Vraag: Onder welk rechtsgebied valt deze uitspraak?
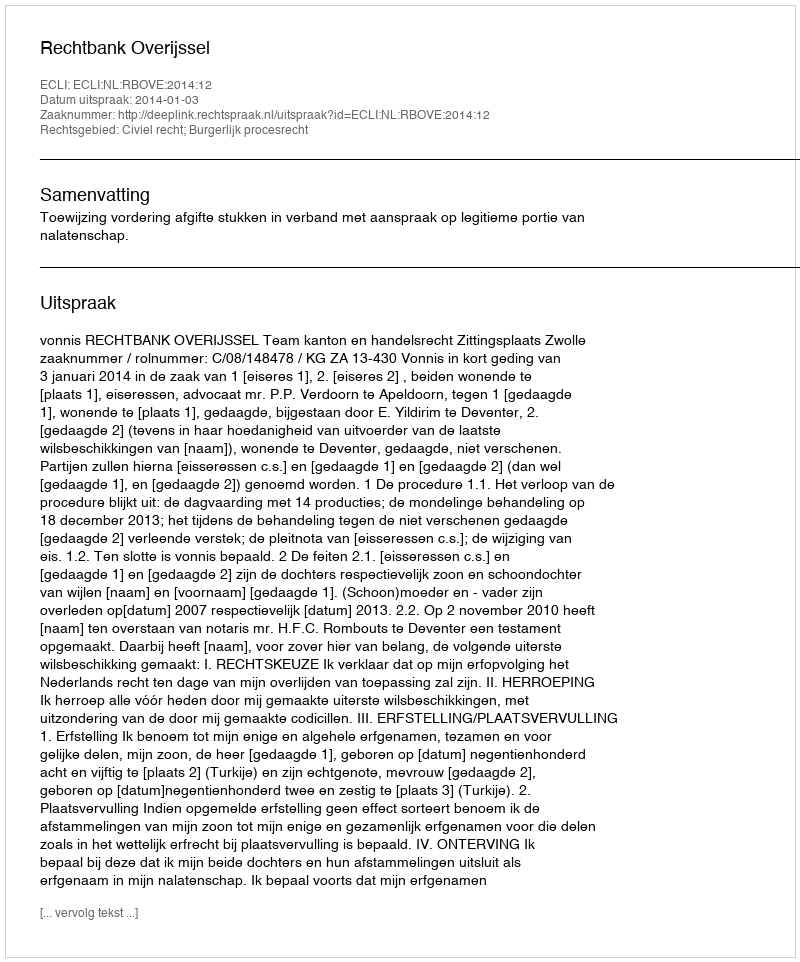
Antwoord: Civiel recht; Burgerlijk procesrecht